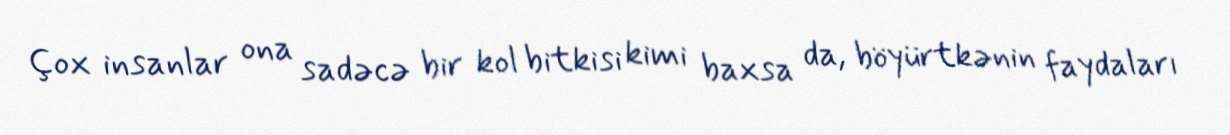
Çox insanlar ona sadəcə bir kol bitkisi kimi baxsa da, böyürtkənin faydaları